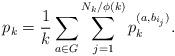
LaTeX: \begin{align*}p_k= \frac{1}{k} \sum_{a\in G} \sum_{j=1}^{N_k/\phi(k)} p_k^{(a,b_{i_j})}.\end{align*}